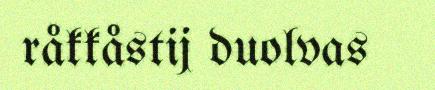
råkkåstij duolvas